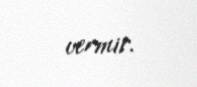
vermir.